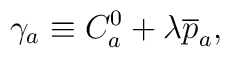
\gamma _a\equiv C_a^0+\lambda \overline{p}_a,